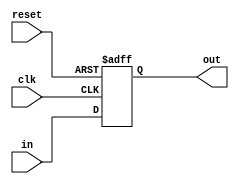
module positive_edge_negative_edge_flipflop (
    input wire clk,
    input wire reset,
    input wire in,
    output reg out
);

always @(posedge clk or negedge reset) begin
    if (reset == 0) begin
        out <= 0;
    end else begin
        out <= in;
    end
end

endmodule